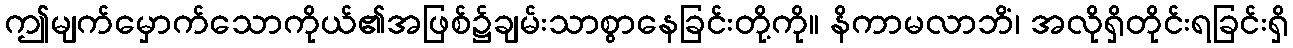
ဤမျက်မှောက်သောကိုယ်၏အဖြစ်၌ချမ်းသာစွာနေခြင်းတို့ကို။ နိကာမလာဘိံ၊ အလိုရှိတိုင်းရခြင်းရှိ